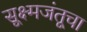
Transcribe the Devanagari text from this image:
सूक्ष्मजंतूचा